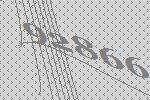
92866